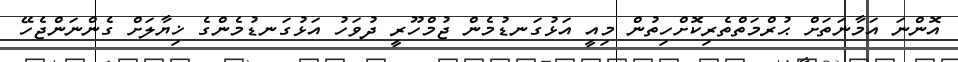
އޮންނަ އަމާނަތަށް ޙުރްމަތްތެރިކޮށްހިތުން މިއީ އަޅުގަނޑުމެން ޖުމްހޫރީ ދުވަހު އަޅުގަނޑުމެންގެ ޚިޔާލަށް ގެންނަންޖެހޭ